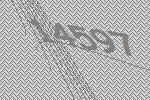
14597